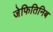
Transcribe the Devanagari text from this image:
जेफितिनिब